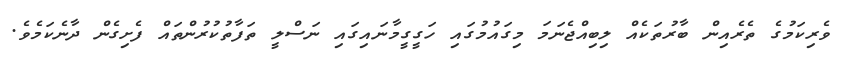
ވެރިކަމުގެ ތެރެއިން ބާރުތަކެއް ލިބިއްޖެނަމަ މިގައުމުގައި ހަގީގީމާނައިގައި ނަސްލީ ތަފާތުކުރުންތައް ފެށިގެން ދާނެކަމެވެ.